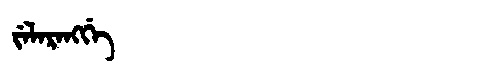
Manchu: ᠵᡝᠯᠠᡵᠠᠩᡤᡝ
Romanization: JELARANGGE